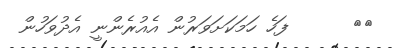
٣٣      ފަހެ ހަމަކަށަވަރުން އެއުރެންނީ އެދުވަހުން